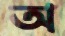
অ